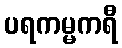
ပရကမ္မကရီ